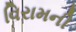
વિરામની